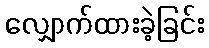
လျှောက်ထားခဲ့ခြင်း